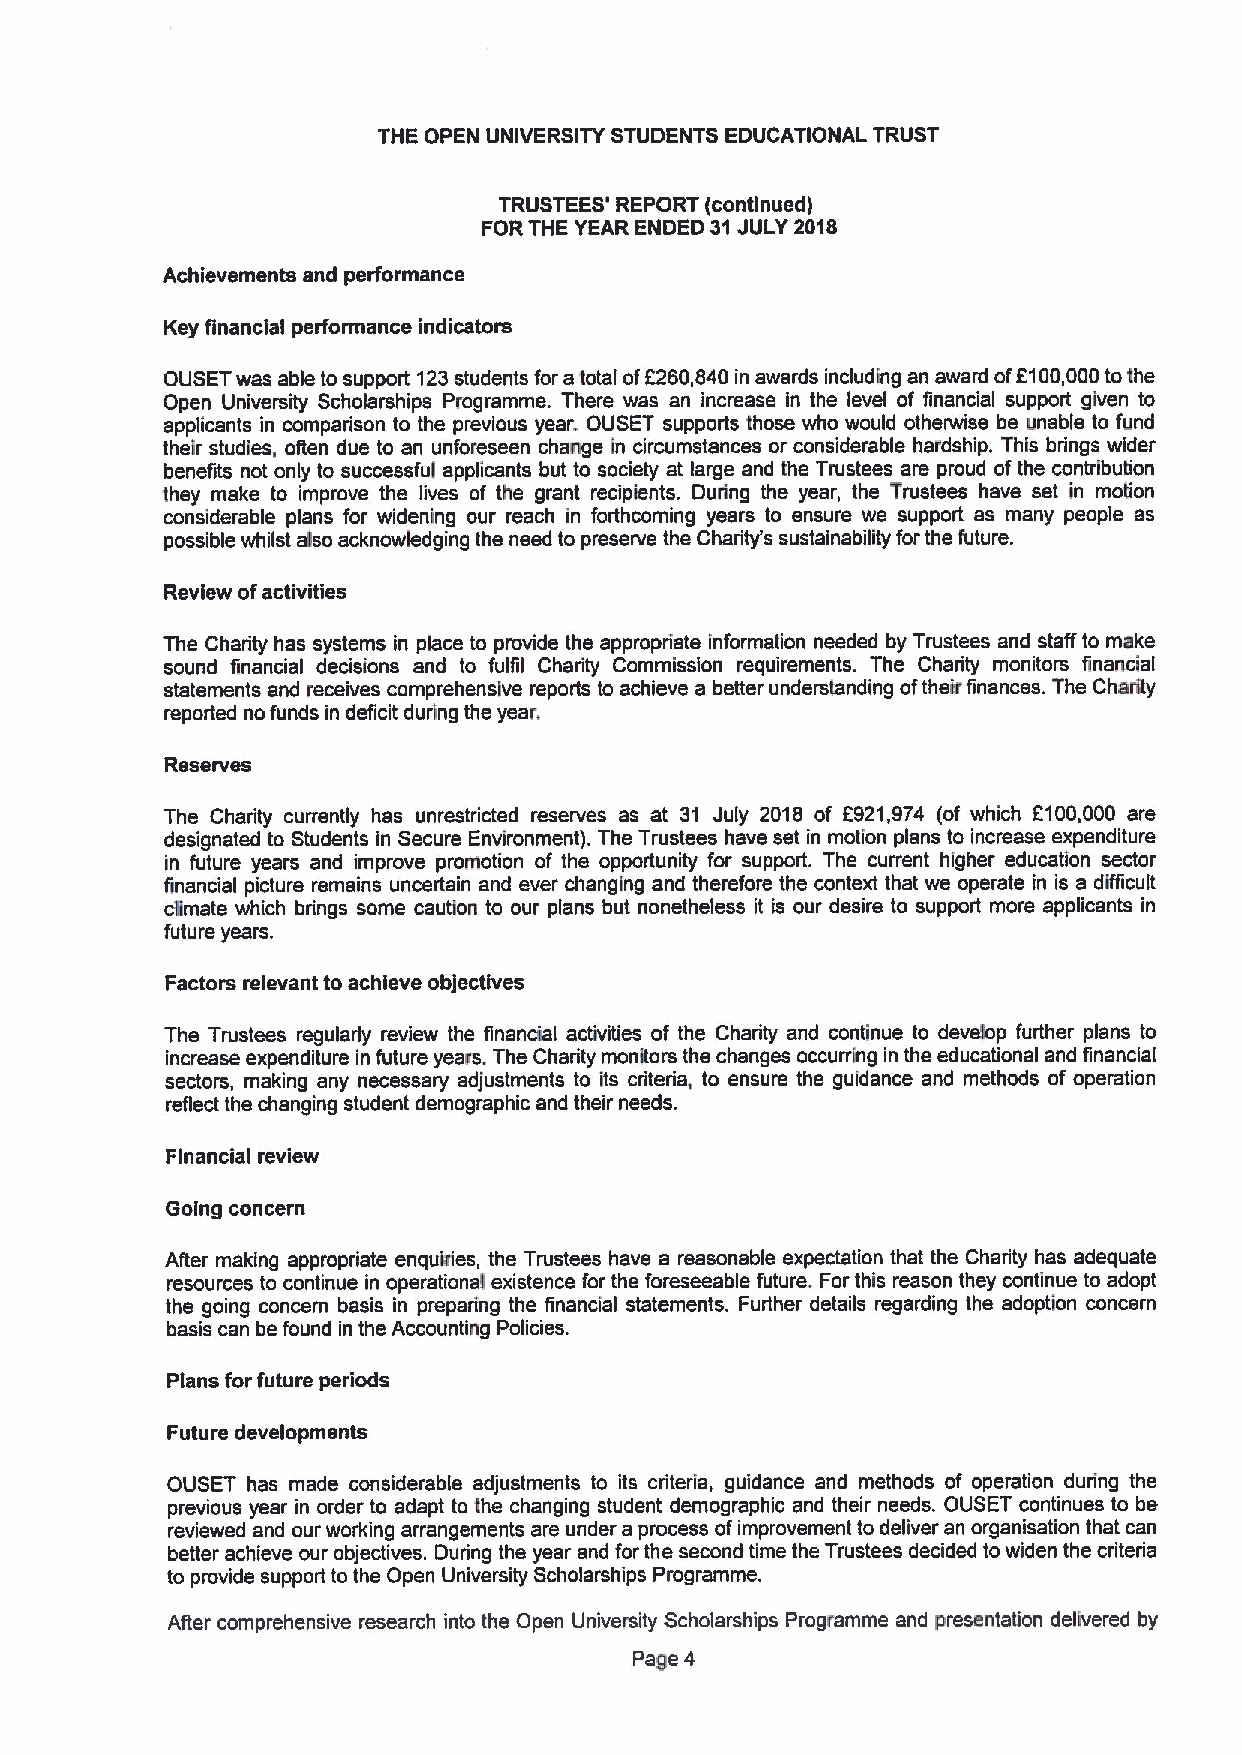
THE OPEN UNIVERSITY STUDENTS EDUCATIONAL TRUST
 TRUSTEES' REPORT (continued)
 FORTHE YEAR ENDED 31JULY 2018
 Achievements and perfonnance
 Key financial performance indicators
 OUSET was able to support 123students for atotal of6260,840 in awards including an award ofF100,000tothe
 Open University Scholarships Programme. There was an increase in the level of financial support given to
 applicants in comparison to the previous year. OUSET supports those who would otherwise be unable to fund
 their studies, often due to an unforeseen change In circumstances or considerable hardship. This brings wider
 benefits not only to successful applicants but to society at large and the Trustees are proud ofthe contribution
 they make to improve the lives of the grant recipients. During the year, the Trustees have set in motion
 considerable plans for widening our reach in forthcoming years to ensure we support as many people as
 possible whilst also acknowledging the need to preserve the Charit//s sustainability forthe future.
 Review ofactivities
 The Charity has systems in place to provide the appropriate information needed by Trustees and staff to make
 sound financial decisions and to fulfil Charity Commission requirements. The Charity monitors financial
 statements and receives comprehensive reports to achieve a better understanding oftheir finances. The Charity
 reported no funds in deficit during the year,
 Reserves
 The Charity currently has unrestricted reserves as at 31 July 2018 of 6921,974 (of which 8100,000 are
 designated to Students in Secure Environment). The Trustees have set in motion plans to increase expenditure
 in future years and improve promotion of the opportunity for support. The current higher education sector
 financial picture remains uncertain and ever changing and therefore the context that we operate in is a difficult
 cttmate which brings some caution to our plans but nonetheless it is our desire to support more applicants in
 future years.
 Factors relevant to achieve objectives
 The Trustees regularly review the financial activities of the Charity and continue to develop further plans to
 increase expenditure in future years. The Charity monitors the changes occurring in the educational and financial
 sectors, making any necessary adjustments to its criteria, to ensure the guidance and methods of operation
 reflect the changing student demographic and their needs.
 Financial review
 Going concern
 Affer making appropriate enqukies, the Trustees have a reasonable expectation that the Charity has adequate
 resources to continue in operational existence for the foreseeable future. For this reason they continue to adopt
 the going concern basis in preparing the financial statements. Further details regarding the adoption concern
 basis can be found in the Accounting Policies.
 Plans for future periods
 Future developments
 OUSET has made considerable adjustments to its criteria, guidance and methods of operation during the
 previous year in order to adapt to the changing student demographic and their needs. OUSET continues to be
 reviewed and our working arrangements are under a process ofimprovement to deliver an organisation that can
 better achieve our objectives. During the year and for the second time the Trustees decided to widen the criteria
 to provide support to the Open University Scholarships Programme.
 ARer comprehensive research into the Open University Scholarships Programme and presentation delivered by
 Page 4